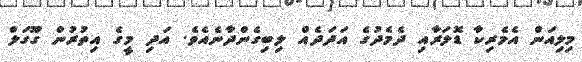
މިލިއަން އެމެރިކާ ޑޮލަރާއި ދެމެދުގެ އަދަދެއް ލިބިގެންދާނެއެވެ. އަދި މީގެ އިތުރުން ގޫގަލް